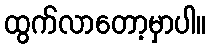
ထွက်လာတော့မှာပါ။